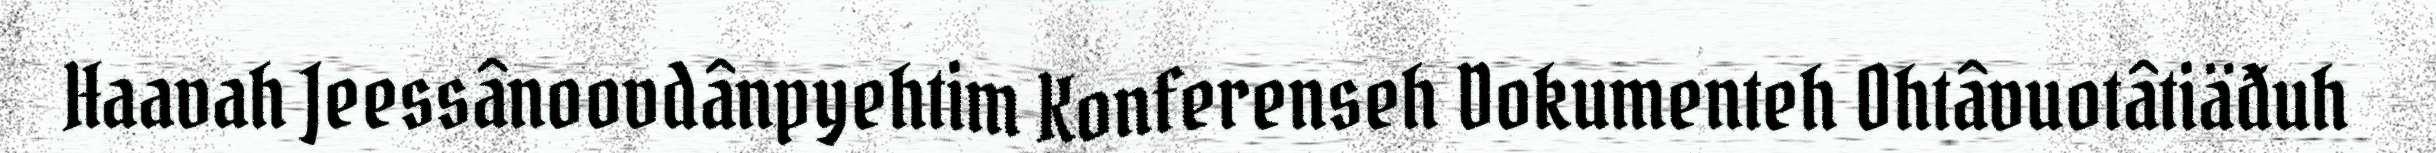
Haavah Jeessânoovdânpyehtim Konferenseh Dokumenteh Ohtâvuotâtiäđuh